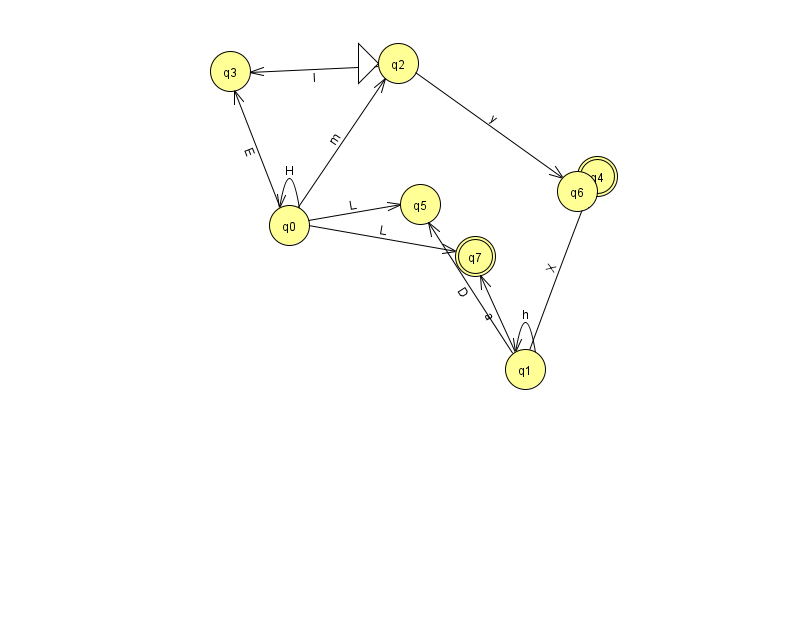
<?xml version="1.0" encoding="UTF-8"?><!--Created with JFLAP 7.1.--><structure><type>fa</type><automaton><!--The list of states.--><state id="0" name="q0"><x>289.0</x><y>212.0</y></state><state id="1" name="q1"><x>525.0</x><y>356.0</y></state><state id="2" name="q2"><x>398.0</x><y>50.0</y><initial/></state><state id="3" name="q3"><x>230.0</x><y>58.0</y></state><state id="4" name="q4"><x>597.0</x><y>163.0</y><final/></state><state id="5" name="q5"><x>420.0</x><y>191.0</y></state><state id="6" name="q6"><x>577.0</x><y>178.0</y></state><state id="7" name="q7"><x>475.0</x><y>243.0</y><final/></state><!--The list of transitions.--><transition><from>0</from><to>5</to><read>L</read></transition><transition><from>2</from><to>3</to><read>I</read></transition><transition><from>0</from><to>2</to><read>m</read></transition><transition><from>1</from><to>4</to><read>X</read></transition><transition><from>0</from><to>3</to><read>E</read></transition><transition><from>1</from><to>5</to><read>D</read></transition><transition><from>2</from><to>6</to><read>y</read></transition><transition><from>0</from><to>0</to><read>H</read></transition><transition><from>1</from><to>1</to><read>h</read></transition><transition><from>0</from><to>7</to><read>L</read></transition><transition><from>1</from><to>7</to><read>a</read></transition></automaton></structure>